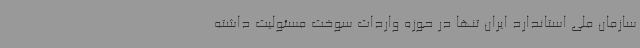
سازمان ملی استاندارد ایران تنها در حوزه واردات سوخت مسئولیت داشته